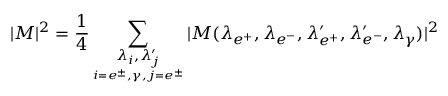
| { \cal M } | ^ { 2 } = \frac { 1 } { 4 } \sum _ { \underset { i = e ^ { \pm } , \gamma , j = e ^ { \pm } } { \lambda _ { i } , \lambda _ { j } ^ { \prime } } } | { \cal M } ( \lambda _ { e ^ { + } } , \lambda _ { e ^ { - } } , \lambda _ { e ^ { + } } ^ { \prime } , \lambda _ { e ^ { - } } ^ { \prime } , \lambda _ { \gamma } ) | ^ { 2 }